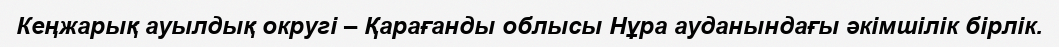
Кеңжарық ауылдық округі – Қарағанды облысы Нұра ауданындағы әкімшілік бірлік.